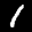
Label: 1